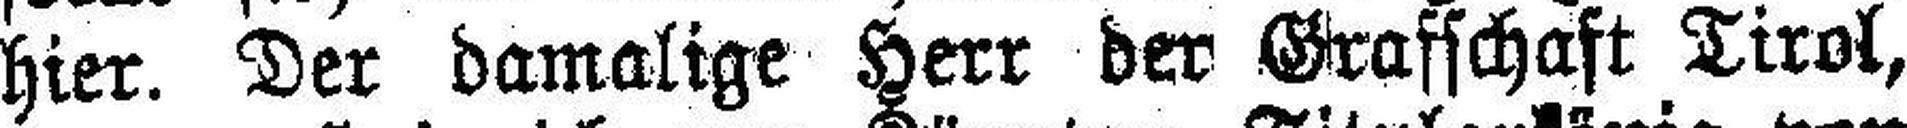
hier. Der damalige Herr der Grafschaft Tirol,